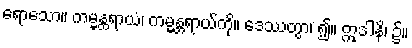
ရောသော။ ကမ္မန္တရာယံ၊ ကမ္မန္တရာယ်ကို။ ဒေဿတွာ၊ ၍။ ဣဒါနိ၊ ၌။